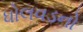
ધોલવડનો